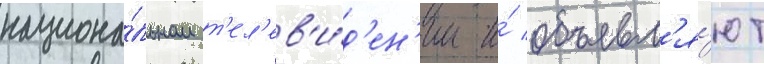
национа́льном т'ел'ев'и́д'ен'ии и́ объявл'я́ют